Report of the Indian Hemp Drugs Commission, 1894-1895 - Volume VII
Year: 1894
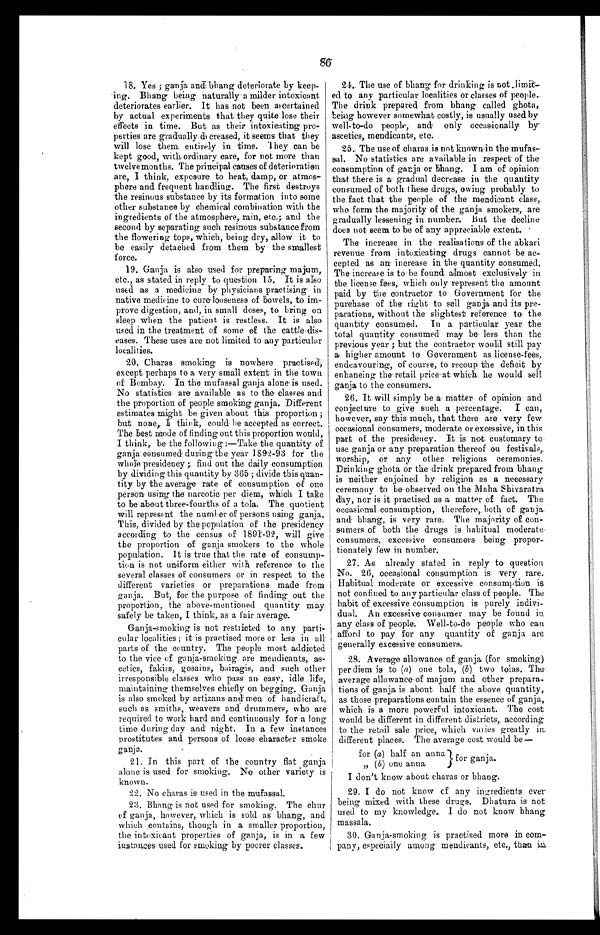
18. Yes; ganja and bhang deteriorate by keep
- i n g . B h a n g b e i n g n a t u r a l l y a m i l d e r i n t o x i c a n t
deteriorates earlier. It has not been ascertained
by actual experiments that they quite lose their
effects in time. But as their intoxicating pro-
-perties are gradually de creased, it seems that they
will lose them. entirely in time. They can be
kept good, with ordinary care, for not more than
twelvemonths. The principal causes of deterioration
are, I think, exposure to heat, damp, or atmos
-
phere and frequent handling. The first destroys
the resinous substance by its formation into some
other substance by chemical combination with the
ingredients of the atmosphere, rain, etc.; and the
second by separating such resinous substance from
the flowering tops, which, being dry, allow it to
be easily detached from them by the smallest
force.
19. Ganja is also used for preparing majum,
etc., as stated in reply to question 15. It is also
used as a medicine by physicians practising in
native medicine to cure looseness of bowels, to im
-
prove digestion, and, in small doses, to bring on
sleep when the patient is restless. It is also
used in the treatment of some of the cattle dis
-
eases. These uses are not limited to any particular
localities.
20. Charas smoking is nowhere practised,
except perhaps to a very small extent in the town
of Bombay. In the mufassal ganja alone is used.
No statistics are available as to the classes and
the proportion of people smoking ganja. Different
estimates might be given about this proportion;
but none, I think, could be accepted as correct.
The best mode of finding out this proportion would,
I think, be the following:—Take the quantity of
ganja consumed during the year 189 .2-93 for the
whole presidency; find out the daily consumption
by dividing this quantity by 365; divide this quan
-
tity by the average rate of consumption of one
person using the narcotic per diem, which I take
to be about three-fourths of a tola. The quotient
will represent the number of persons using ganja.
This, divided by the population of the presidency
according to the census of 189-92, will give
the proportion of ganja smokers to the whole
population. It is true that the rate of consump-
tion is not uniform either with reference to the
several classes of consumers or in respect to the
different varieties or preparations made from
ganja. But, for the purpose of finding out the
proportion, the above-mentioned quantity may
safely be taken, I think, as a fair average.
Ganja-smoking is not restricted to any parti
-
cular localities; it is practised more or less in all
parts of the country. The people most addicted
to the vice of ganja-smoking are mendicants, a
s -
cetics, fakirs, gosains, bairagis, and such other
irresponsible classes who pass an easy, idle life,
maintaining themselves chiefly on begging. Ganja
is also smoked by artizans and men of handicraft,
such as smiths, weavers and drummers, who are
required to work hard and continuously for a long
time during day and night. In a few instances
prostitutes and persons of loose character smoke
ganja.
21. In this part of the country flat ganja
alone is used for smoking. No other variety is
known.
22. No charas is used in the mufassal.
23. Bhang is not used for smoking. The chur
of ganja, however, which is sold as bhang, and
which contains, though in a smaller proportion,
the intoxicant properties of ganja, is in a few
instances used for smoking by poorer classes.
24. The use of bhang for drinking is not limited
to any particular localities or classes of people.
The drink prepared from bhang called ghota,
being however somewhat costly, is usually used by
well-to-do people, and only occasionally by
ascetics, mendicants, etc.
25. The use of charas is not known in the mufas-
sal. No statistics are available in respect of the
consumption of ganja or bhang. I am of opinion
that there is a. gradual decrease in the quantity
consumed of both these drugs, owing probably to
the fact that the people of the mendicant class,
who form the majority of the ganja smokers, are
gradually lessening in number. But the decline
does not seem to be of any appreciable extent.
The increase in the realisations of the abkari
revenue from intoxicating drugs cannot be ac
-
cepted as an increase in the quantity consumed.
The increase is to be found. almost exclusively in
the license fees, which only represent the amount
paid by the contractor to Government for the
purchase of the right to sell ganja and its pre
-
parations, without the slightest reference to the
quantity consumed. In a particular year the
total quantity consumed may be less than the
pr evi ous year ; but t he cont r act or woul d st i l l pay
a higher amount to Government as license-fees,
endeavouring, of course, to recoup the deficit by
enhancing the retail price at which. he would sell
ganja to the consumers.
26. It will simply be a matter of opinion and
conjecture to give such a percentage. I can,
however, say this much, that there are very few
occasional consumers, moderate or excessive, in this
part of the presidency. It is not customary to
use ganja or any preparation thereof on festivals,
worship, or any other religious ceremonies.
Drinking ghota or the drink prepared from bhang
is neither enjoined by religion as a necessary
ceremony to be observed on the Maha Shivaratra
day, nor is it practised as a matter of fact. The
occasional consumption, therefore, both of ganja
and bhang, is very rare. The majority of con
-
sumers of both the drugs is habitual moderate
consumers, excessive consumers being . propor
-
tionately few in number.
27. As already stated in reply to question
No. 26, occasional consumption is very rare.
Habitual moderate or excessive consumption is
not confined to any particular class of people. The
habit of excessive consumption is purely indivi-
dual. An excessive consumer may be found in
any class of people. Well-to-do people who can
afford to pay for any quantity of ganja are
g e n e r a l l y e x c e s s i v e c o n s u m e r s .
28. Average allowance of ganja (for smoking)
per diem is to (a) one tola, (b) two tolas. The
average allowance of majum and other prepara-
- t i o n s o f g a n j a i s a b o u t h a l f t h e a b o v e q u a n t i t y ,
as those preparations contain the essence of ganja,
which is a more powerful intoxicant. The cost
would be different in different districts, according
to the. retail sale price, which varies greatly in
different places. The average cost would be
—
for (a) half an anna
"
(b) one anna
f o r g a n j a .
I don't know about charas or bhang.
29. I do not know of any ingredients ever
being mixed, with these drug. Dhatura is not
used to my knowledge. I do not know bhang
massala.
30. Ganja-smoking is practised more in com-
pany, especially among mendicants, etc., than in